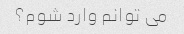
می توانم وارد شوم؟